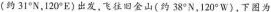
(约31^{°}N，120^{°}E)出发。飞往旧金山(约38^{°}N，120^{°}W)，下图为